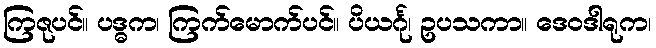
ကြဇုပင်။ ပဒ္ဓက၊ ကြက်မောက်ပင်။ ပိယင်္ဂု၊ ဥပသကာ။ ဒေဝဒါရုက၊